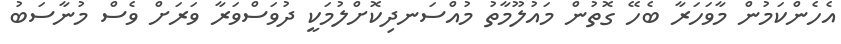
އެހެންކަމުން މާވަހަރާ ބެހޭ ގޮތުން މައުލޫމާތު މުއްސަނދިކޮށްލުމަކީ ދުވަސްވަރާ ވަރަށް ވެސް މުނާސަބު